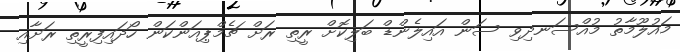
މައުލޫމާތު މުއްސަނދިވި ސަން އައިލެންޑް ބަލިކޮށް ރީތި ރަށް ޗެމްޕިއަންކަން ހޯދައިފިރީތި ރަށާއި